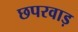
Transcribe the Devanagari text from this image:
छपरवाड़